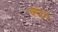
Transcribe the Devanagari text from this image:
बरोग